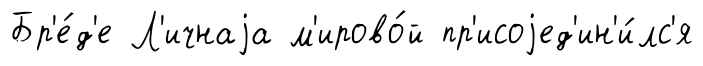
Бр'е́д'е Л'ичнаjа м'ирово́й пр'исоjед'ин'и́лс'я